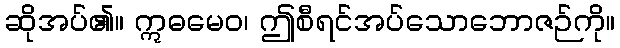
ဆိုအပ်၏။ ဣဓမေဝ၊ ဤစီရင်အပ်သောဘောဇဉ်ကို။